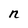
Character: n